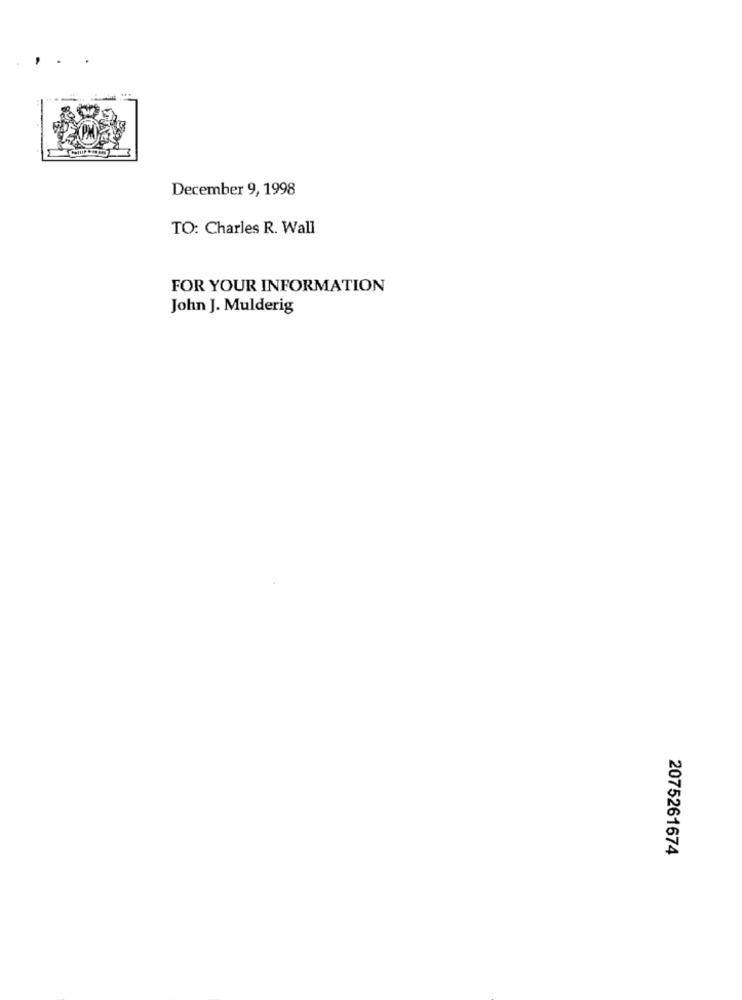
December 9, 1998
TO: Charles R. Wall
FOR YOUR INFORMATION
John J. Mulderig
2075261674